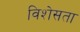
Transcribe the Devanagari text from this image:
विशेसता